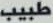
طبیب